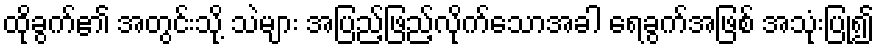
ထိုခွက်၏ အတွင်းသို့ သဲများ အပြည့်ဖြည့်လိုက်သောအခါ ရေခွက်အဖြစ် အသုံးပြု၍